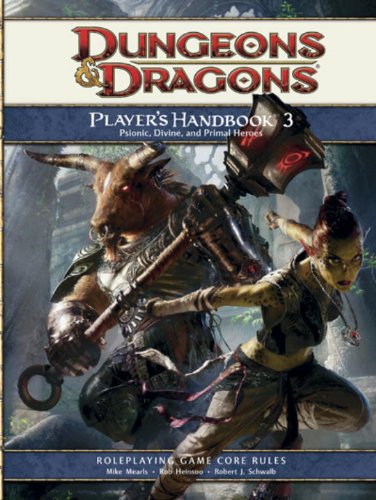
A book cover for Player's Handbook 3: A 4th Edition D&D Core Rulebook; Mike Mearls; Science Fiction & Fantasy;